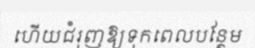
ហើយជំរុញឱ្យទុកពេលបន្ថែម